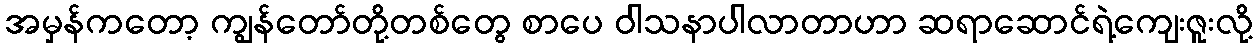
အမှန်ကတော့ ကျွန်တော်တို့တစ်တွေ စာပေ ဝါသနာပါလာတာဟာ ဆရာဆောင်ရဲ့ကျေးဇူးလို့